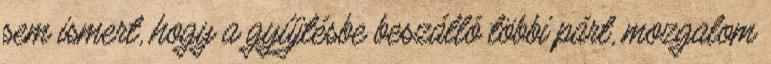
sem ismert, hogy a gyűjtésbe beszálló többi párt, mozgalom